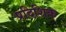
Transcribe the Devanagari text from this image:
प्रदिशिक